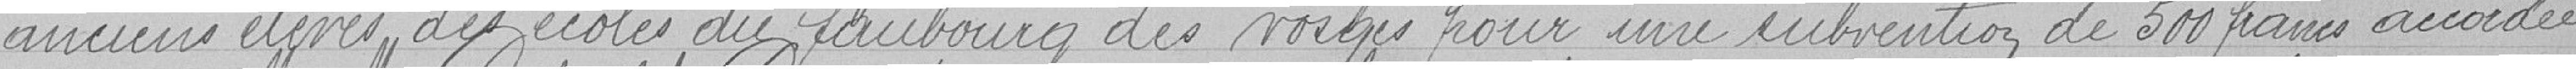
anciens élèves des écoles du faubourg des Vosges pour une subvention de 500 francs accordée